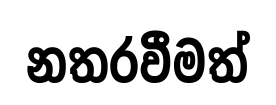
නතරවීමත්